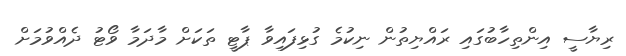
ރިޔާސީ އިންތިހާބުގައި ރައްޔިތުން ނިކުމެ ގުޅިފައިވާ ޕާޓީ ތަކަށް މާދަމާ ވޯޓު ދެއްވުމަށް